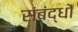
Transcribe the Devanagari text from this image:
संबंद्धों